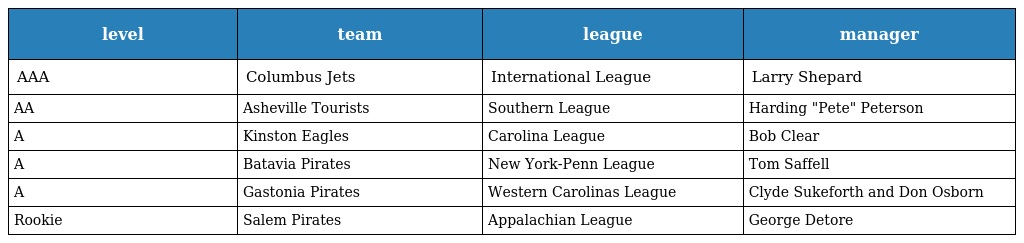
| level | team | league | manager |
 | --- | --- | --- | --- |
 | AAA | Columbus Jets | International League | Larry Shepard |
 | AA | Asheville Tourists | Southern League | Harding "Pete" Peterson |
 | A | Kinston Eagles | Carolina League | Bob Clear |
 | A | Batavia Pirates | New York-Penn League | Tom Saffell |
 | A | Gastonia Pirates | Western Carolinas League | Clyde Sukeforth and Don Osborn |
 | Rookie | Salem Pirates | Appalachian League | George Detore |